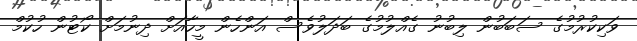
ވަކިކުރުމުގެ ސަބަބުން ލިބުނު ގެއްލުމުގެ ބަދަލުވެސް އަންހެން މީހާއަށް ދިނުމަށް ކޯޓުން ހުކުމް